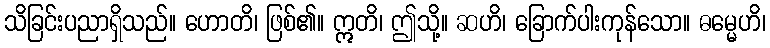
သိခြင်းပညာရှိသည်။ ဟောတိ၊ ဖြစ်၏။ ဣတိ၊ ဤသို့။ ဆဟိ၊ ခြောက်ပါးကုန်သော။ ဓမ္မေဟိ၊